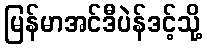
မြန်မာအင်ဒီပဲန်ဒင့်သို့